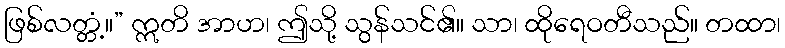
ဖြစ်လတ္တံ့။” ဣတိ အာဟ၊ ဤသို့ သွန်သင်၏။ သာ၊ ထိုရေဝတီသည်။ တထာ၊